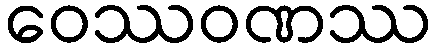
ဝေဿဝဏဿ